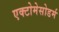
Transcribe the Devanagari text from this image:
एक्टोमेसोडर्म